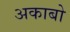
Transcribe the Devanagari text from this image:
अकाबो